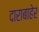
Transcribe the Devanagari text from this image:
दाराबाहेर